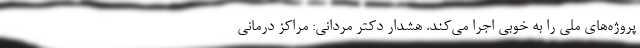
پروژه‌های ملی را به خوبی اجرا می‌کند. هشدار دکتر مردانی: مراکز درمانی